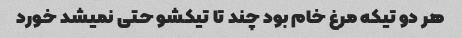
هر دو تیکه مرغ خام بود چند تا تیکشو حتی نمیشد خورد